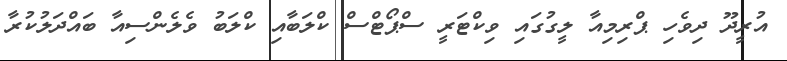
އުރީދޫ ދިވެހި ޕްރިމިއާ ލީގުގައި ވިކްޓަރީ ސްޕޯޓްސް ކްލަބާއި ކްލަބު ވެލެންސިއާ ބައްދަލުކުރާ